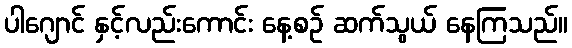
ပါဂျောင် နှင့်လည်းကောင်း နေ့စဉ် ဆက်သွယ် နေကြသည်။